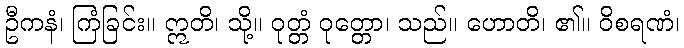
ဦကနံ၊ ကြံခြင်း။ ဣတိ၊ သို့။ ဝုတ္တံ ဝုတ္တော၊ သည်။ ဟောတိ၊ ၏။ ဝိစရဏံ၊